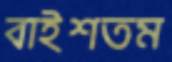
বাইশতম